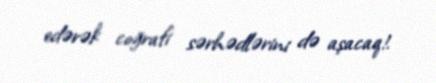
edərək coğrafi sərhədlərini də aşacaq!.